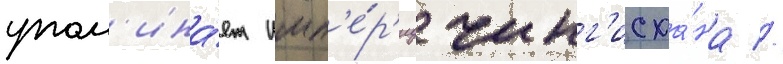
упом'ина́ет имп'е́р'иу чинг'исха́на //